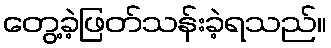
တွေ့ခဲ့ဖြတ်သန်းခဲ့ရသည်။